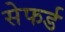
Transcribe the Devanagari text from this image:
सेफर्ड